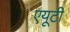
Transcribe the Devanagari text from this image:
एयूटी